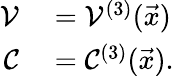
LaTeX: \begin{array}{rl}{\mathcal V}&{{}=\mathcal V^{(3)}(\vec{x})}\\ {\mathcal C}&{{}=\mathcal C^{(3)}(\vec{x}).}\end{array}